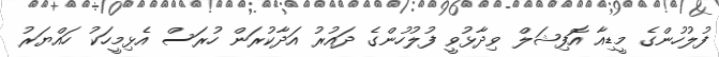
ފުލުހުންގެ މީޑިއާ އޮފިޝަލް ވިދާޅުވީ ފުލުހުންގެ ދައުރު އަދާކުރަން ހުރަސް އެޅިމީހަކު ހައްޔަރު